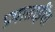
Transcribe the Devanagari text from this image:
प्रभाताईंचा